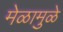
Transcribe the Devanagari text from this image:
मेळामुळे